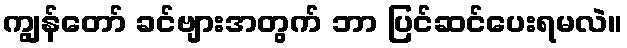
ကျွန်တော် ခင်ဗျားအတွက် ဘာ ပြင်ဆင်ပေးရမလဲ။